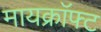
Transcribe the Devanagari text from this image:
मायक्राॅफ्ट